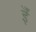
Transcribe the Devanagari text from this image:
ईँ